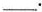
___.